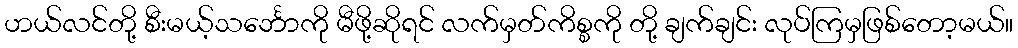
ဟယ်လင်တို့ စီးမယ့်သင်္ဘောကို မီဖို့ဆိုရင် လက်မှတ်ကိစ္စကို တို့ ချက်ချင်း လုပ်ကြမှဖြစ်တော့မယ်။